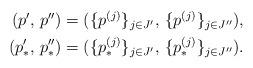
LaTeX: \begin{align*}\begin{aligned}(p',\, p'') &= (\{p^{(j)}\}_{j \in J'},\, \{p^{(j)}\}_{j \in J''}),\, \\(p'_*,\, p''_*) &= (\{p_*^{(j)}\}_{j \in J'},\, \{p_*^{(j)}\}_{j \in J''}).\end{aligned}\end{align*}